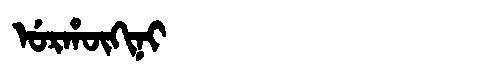
Manchu: ᡠᡵᡥᡡᡴᡳᠨᡳ
Romanization: URHŪKINI